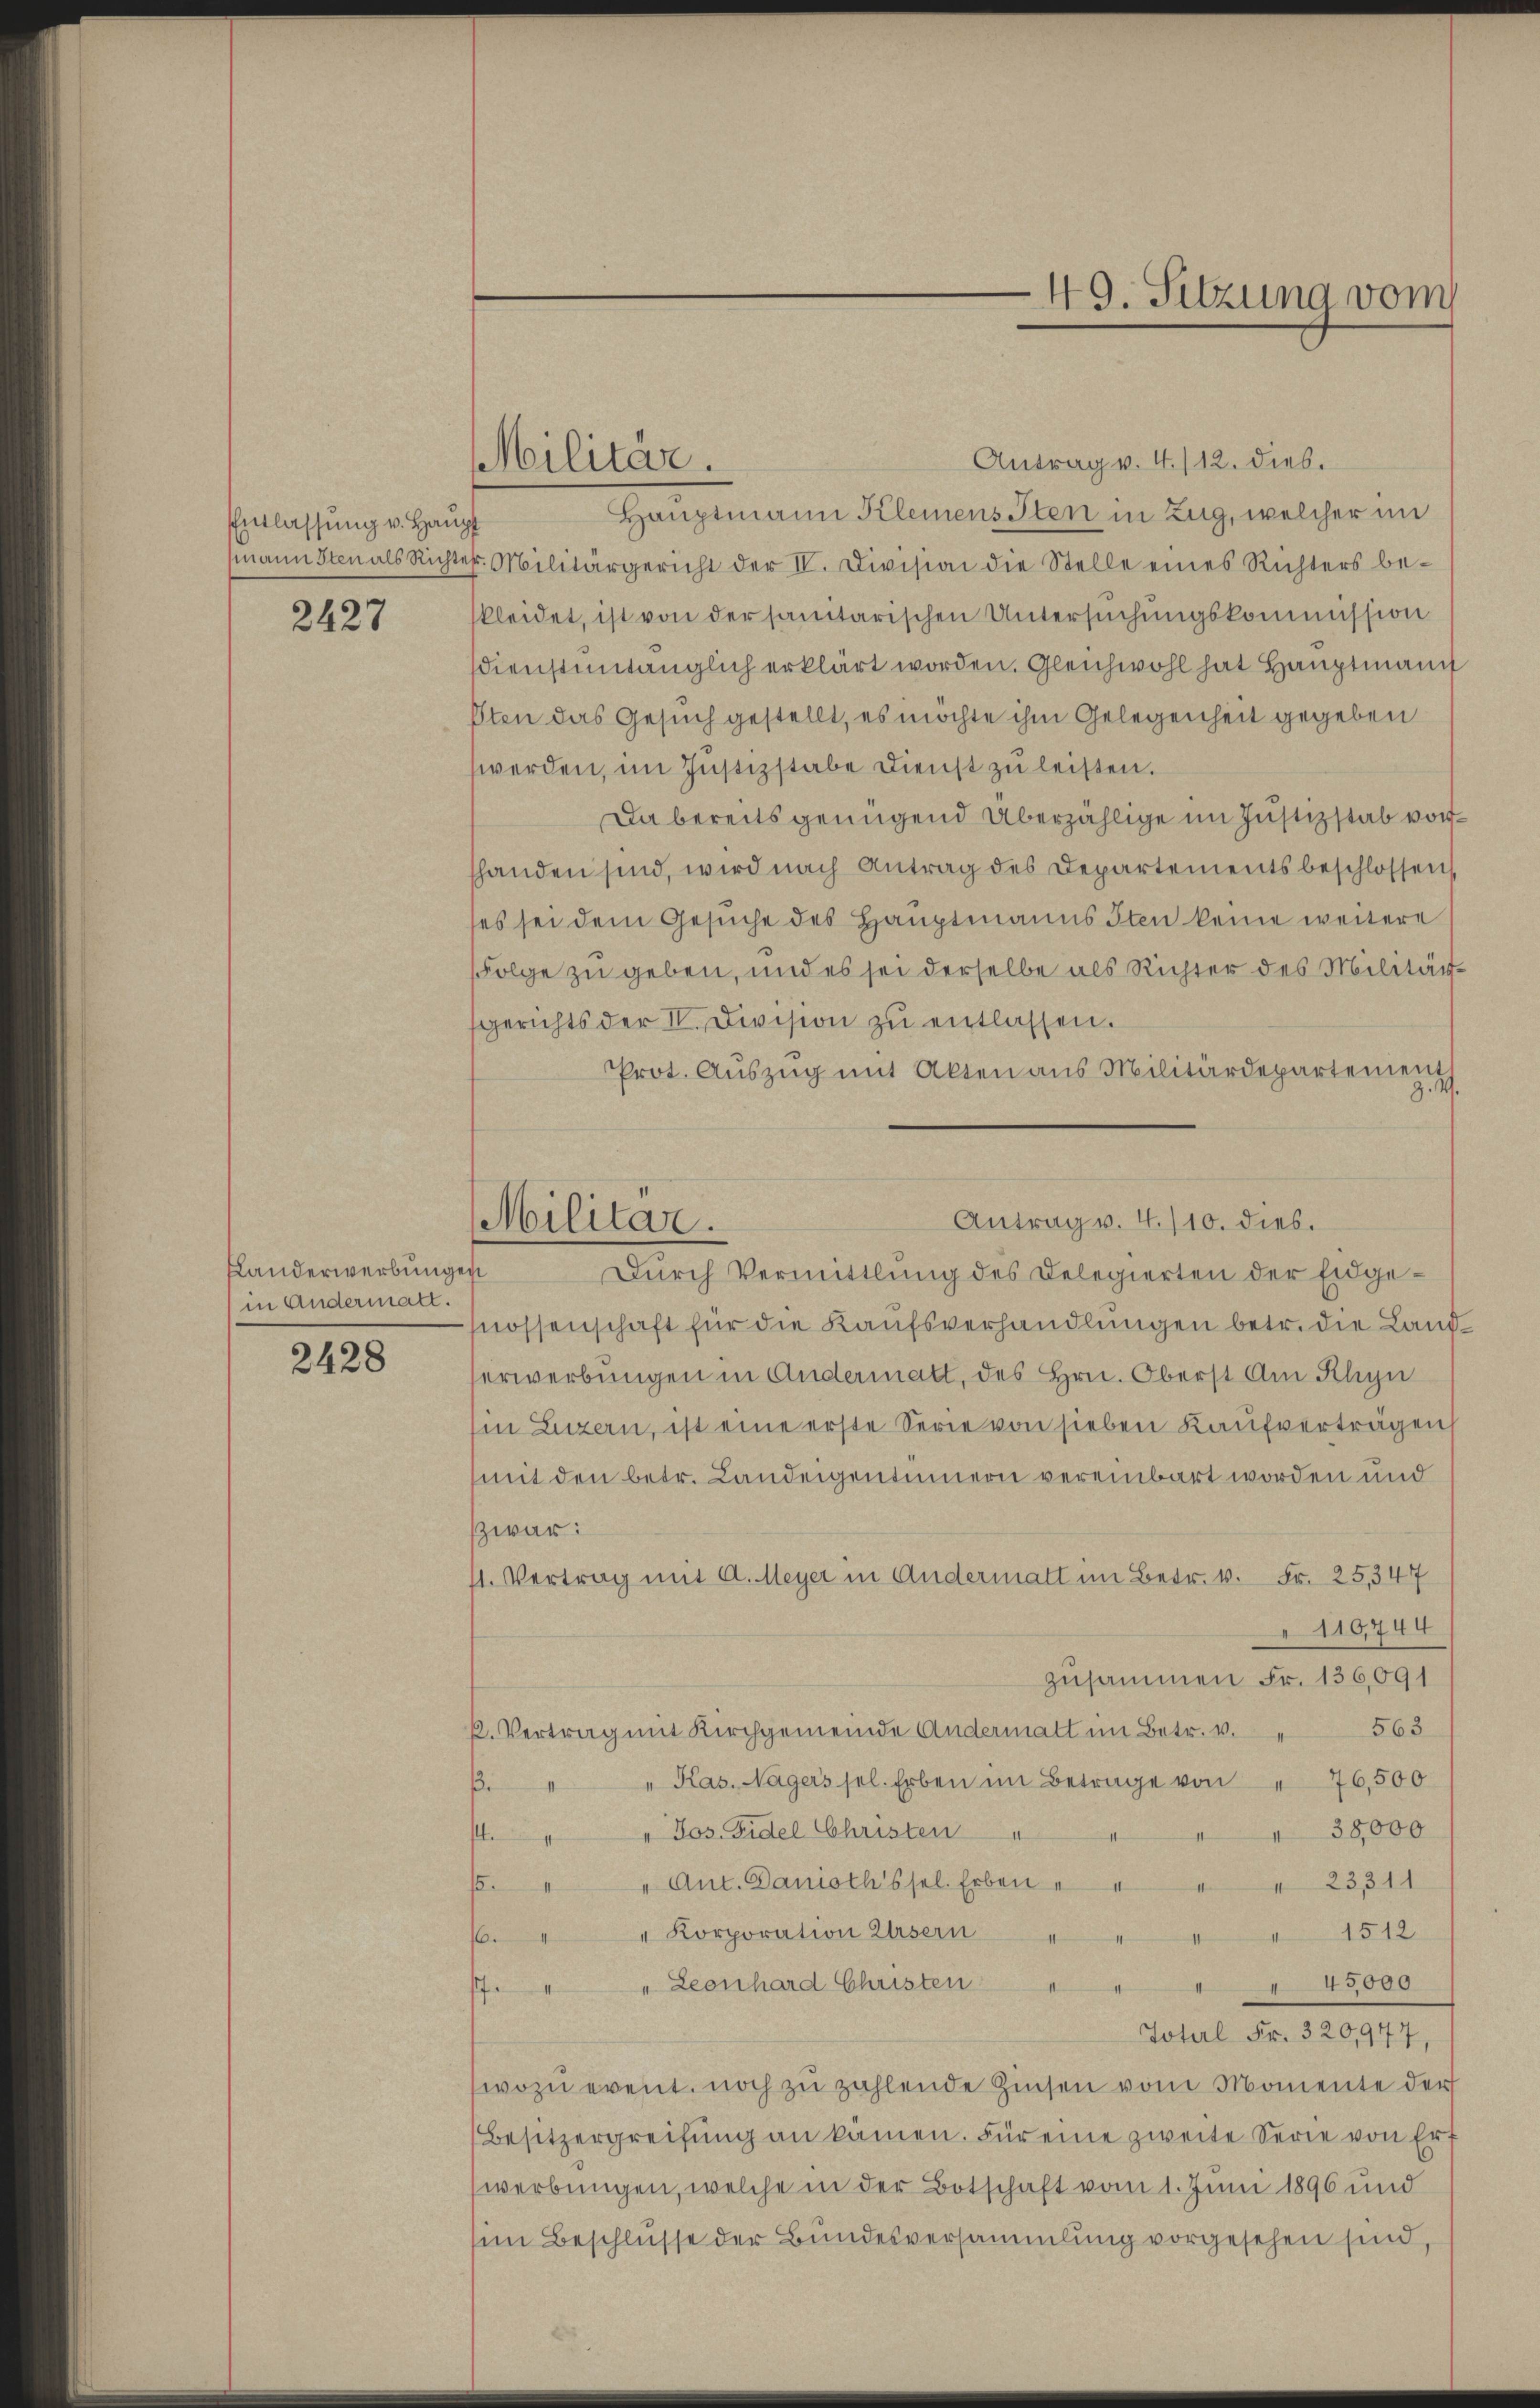
Entlassung v. Haupt
2427

Landerwerbungen
in Andermatt.

2428

Militär.

Antrag v. 4./12. dies.
Hauptmann Kleinens Iten in Zug, welcher im
smann sten als Richter. Militärgericht der IV. Division die Stelle eines Richters be-
kleidet, ist von der sanitarischen Untersuchungskommission
dienstuntänglich erklärt worden. Gleichwohl hat Hauptmann
Pten das Gesuch gestellt, es möchte ihm Gelegenheit gegeben
werden, im Justizstabe Dienst zu leisten.
Da bereits genügend Überzählige im Justizstab vorhanden sind, wird nach Antrag des Departements beschlossen
es sei dem Gesuche des Hauptmanns Iten keine weitere
Folge zu geben, und es sei derselbe als Richter des Militär-
gerichts der II. Division zu entlassen.
Prot. Auszug mit Akten aus Militärdepartement
Dŭrch Vermittlung des Delegierten der Eidgenossenschaft für die Kaufsverhandlungen betr. die Landerwerbungen in Andermatt, des Hrn. Oberst am Rhyn
in Luzern, ist eine erste Serie von sieben Kaufverträgen
mit den betr. Landeigentümern vereinbart worden und
zwar:
st. Vertrag mit A. Meyer in Andermatt im Betr. 6. Fr. 25,347
110744
zusammen Fr. 136,091
563
k. Vertrag mit Kirchgemeinde Andermalt im Betr. v.
Kas. Nagers sel. Erben im Betrage von " 76,500
3.
" Jos. Fidel Christen " " " " 38,000
s
β. " " Ant. Danischssel. Erben " " " " 23311
" Korporation Ursern
1512
/7. " " Leonhard Christen
 45000
Johel Fr. 320,947,
wozu event. noch zu zahlende Zinsen vom Momente der
Besitzergreifung an kämen. Für eine zweite Serie von Erf
werbungen, welche in der Botschaft vom 1. Juni 1896 und
im Beschlüsse der Bundesversammlung vorgesehen sind,

Antrag v. 4./10. dies.
Militar.

49. Sitzung vom